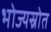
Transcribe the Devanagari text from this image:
भोज्यस्रोत